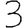
Digit: 3